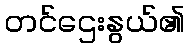
တင်ဌေးနွယ်၏